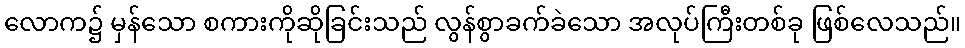
လောက၌ မှန်သော စကားကိုဆိုခြင်းသည် လွန်စွာခက်ခဲသော အလုပ်ကြီးတစ်ခု ဖြစ်လေသည်။